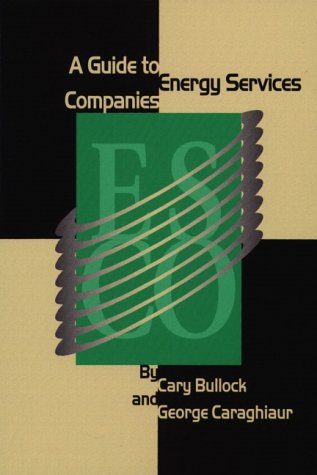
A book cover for A Guide to Energy Service Companies; Gary Bullock; Law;